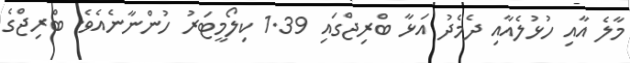
މާލެ އާއި ހުޅުލެއާއި ދެމެދު އަޅާ ބްރިޖްގައި 1.39 ކިލޯމީޓަރު ހުންނާނެއެވެ. ބްރިޖްގެ